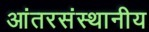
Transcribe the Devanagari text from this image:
आंतरसंस्थानीय